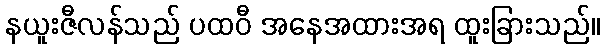
နယူးဇီလန်သည် ပထဝီ အနေအထားအရ ထူးခြားသည်။